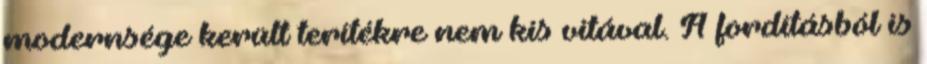
modernsége került terítékre nem kis vitával. A fordításból is